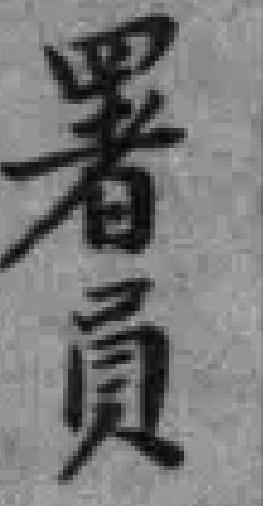
署員